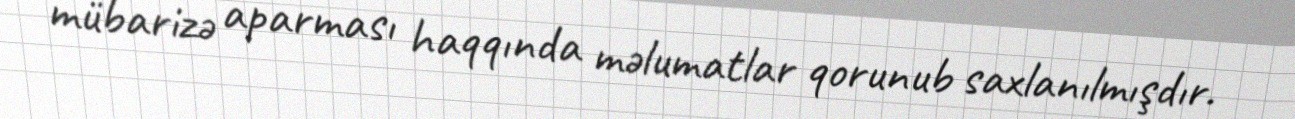
mübarizə aparması haqqında məlumatlar qorunub saxlanılmışdır.